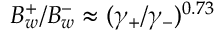
B _ { w } ^ { + } / B _ { w } ^ { - } \approx ( \gamma _ { + } / \gamma _ { - } ) ^ { 0 . 7 3 }